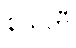
နယတီ